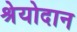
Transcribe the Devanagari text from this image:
श्रेयोदान